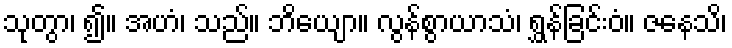
သုတွာ၊ ၍။ အဟံ၊ သည်။ ဘိယျော။ လွန်စွာယာသံ၊ ရွှန်ခြင်းဝံ။ ဇနေသိ၊